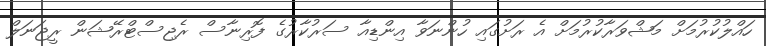
ހައްލުކުރުމަށް މަޝްވަރާކުރުމަށް އެ ރަށުގައި ހުންނަވާ އިންޑިއާ ސަރުކާރުގެ ފޮރިނާސް ރެޖިސްޓްރޭޝަން ރީޖަނަލް